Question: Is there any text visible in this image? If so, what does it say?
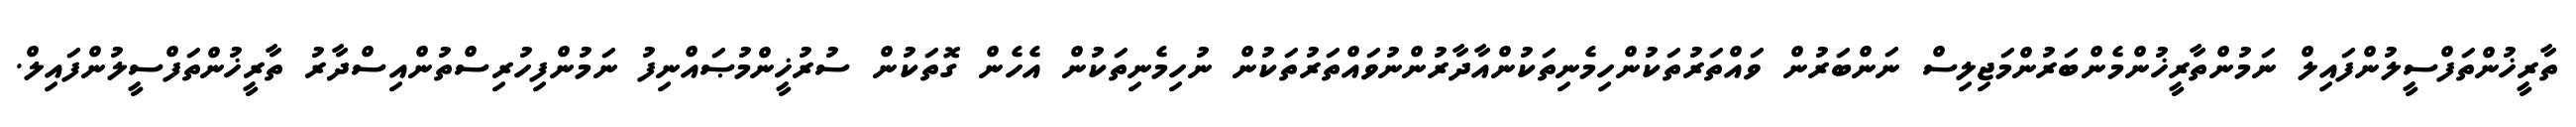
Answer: ތާރީޚުންތަފްސީލުންފައިލް ނަމުންތާރީޚުންމެންބަރުންމަޖިލިސް ނަންބަރުން ވައްތަރުތަކުންހިމެނިތަކުންއާދާރުންނުވައްތަރުތަކުން ނުހިމެނިތަކުން އެހެން ގޮތަކުން ސުރުޚީންމުޞައްނިފު ނަމުންފިހުރިސްތުންއިސްދާރު ތާރީޚުންތަފްސީލުންފައިލް.